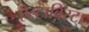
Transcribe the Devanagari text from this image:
ऐल्टाविस्टा